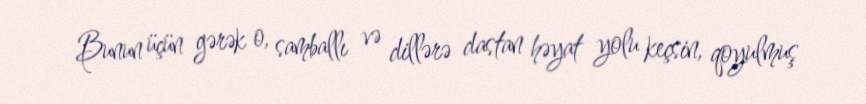
Bunun üçün gərək o, samballı və dillərə dastan həyat yolu keçsin, qoyulmuş